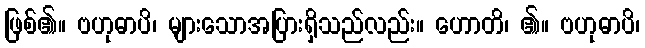
ဖြစ်၏။ ဗဟုဓာပိ၊ များသောအပြားရှိသည်လည်း။ ဟောတိ၊ ၏။ ဗဟုဓာပိ၊